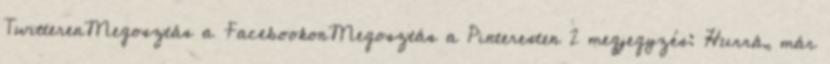
TwitterenMegosztás a FacebookonMegosztás a Pinteresten 2 megjegyzés: Hurrá, már